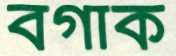
বগাক